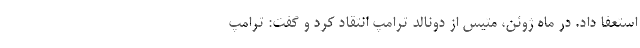
استعفا داد. در ماه ژوئن، متیس از دونالد ترامپ انتقاد کرد و گفت: ترامپ